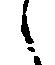
々